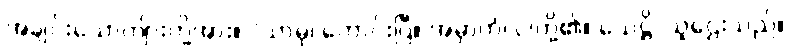
အချင်းယောကျ်ားတို့အား။ “သာဓု၊ ကောင်းပြီ။ အမှာကံ၊ ငါတို့၏။ သေဋ္ဌိ၊ သူဌေးသည်။